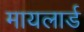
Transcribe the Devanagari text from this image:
मायलार्ड